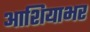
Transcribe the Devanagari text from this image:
आशियाभर